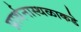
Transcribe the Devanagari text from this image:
प्रार्थनास्थळाकडे